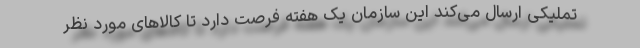
تملیکی ارسال می‌کند این سازمان یک هفته فرصت دارد تا کالاهای مورد نظر